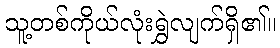
သူ့တစ်ကိုယ်လုံးရွှဲလျက်ရှိ၏။